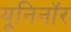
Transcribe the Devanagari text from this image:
यूनिनॉर